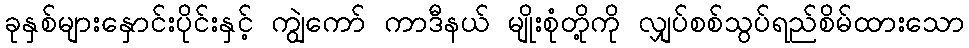
ခုနှစ်များနှောင်းပိုင်းနှင့် ကျွဲကော် ကာဒီနယ် မျိုးစုံတို့ကို လျှပ်စစ်သွပ်ရည်စိမ်ထားသော